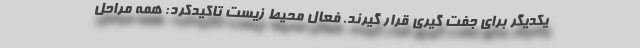
یکدیگر برای جفت گیری قرار گیرند. فعال محیط زیست تاکیدکرد: همه مراحل